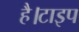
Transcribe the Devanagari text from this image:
है।टाइप